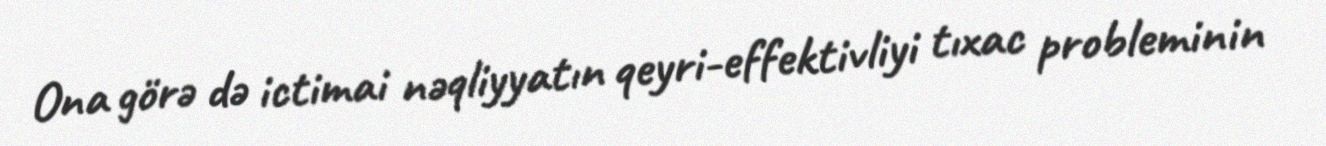
Ona görə də ictimai nəqliyyatın qeyri-effektivliyi tıxac probleminin